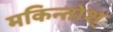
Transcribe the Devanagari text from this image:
मकिन्तोश्